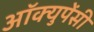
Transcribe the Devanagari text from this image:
अॉक्युपेंसी